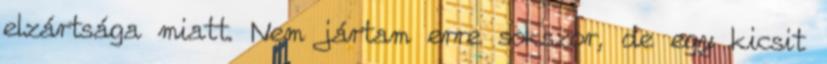
elzártsága miatt. Nem jártam erre sokszor, de egy kicsit